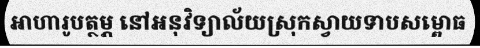
អាហារូបត្ថម្ភ នៅអនុវិទ្យាល័យស្រុកស្វាយទាបសម្ពោធ